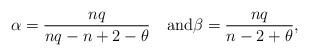
LaTeX: \begin{align*}\alpha=\frac{nq}{nq-n+2-\theta}\quad\mbox{and}\beta=\frac{nq}{n-2+\theta},\end{align*}